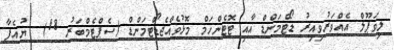
ލިވަޕޫލް އެއްވަރުވިއިރު ޑޯޓްމަންޑް އާއި ޓޮޓެންހަމް މޮޅުވެއްޖެޑޯޓްމަންޑް (ސެޕްޓެމްބަރު 18)  ޔުއެފާ